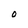
Character: O